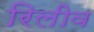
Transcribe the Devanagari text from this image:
रिलीव